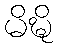
မိဍ္ဎိ